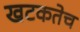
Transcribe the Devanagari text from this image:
खटकतेच